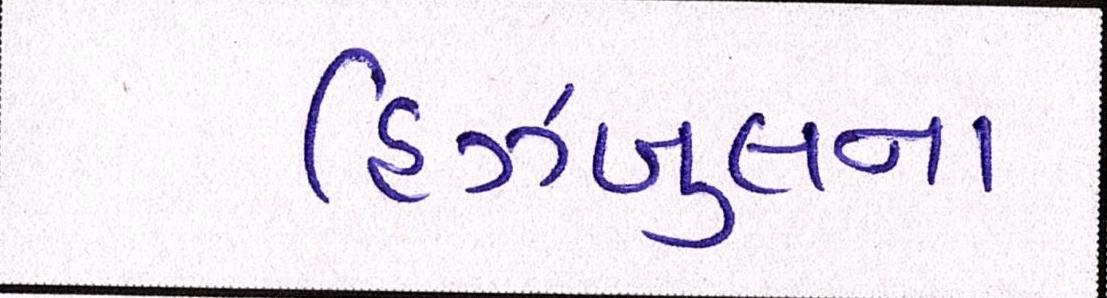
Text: હિઝબુલના